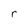
Character: r